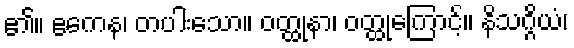
၏။ ဧကေန၊ တပါးသော။ ဝတ္ထုနာ၊ ဝတ္ထုကြောင့်။ နိသဂ္ဂိယံ၊